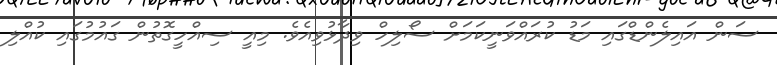
ސަން އައިލެންޑްގައި މަޑު ކުރައްވަނީކަމަށް ސޯލިހް ވިދާޅުވިއެވެ. މިއީ ސިއްހީގޮތުން ގައުމުގައި ކުއްލި